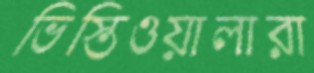
ভিস্তিওয়ালারা